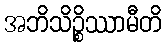
အဘိသိဉ္စိဿာမီတိ